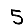
Digit: 5